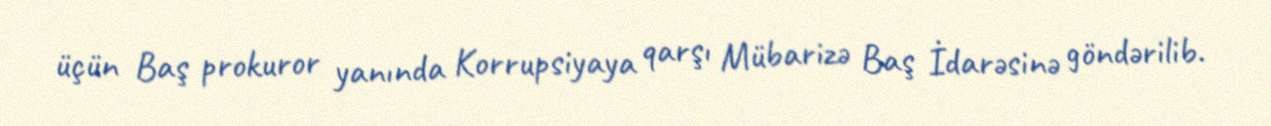
üçün Baş prokuror yanında Korrupsiyaya qarşı Mübarizə Baş İdarəsinə göndərilib.